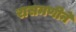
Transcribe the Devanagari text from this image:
रासमणीने